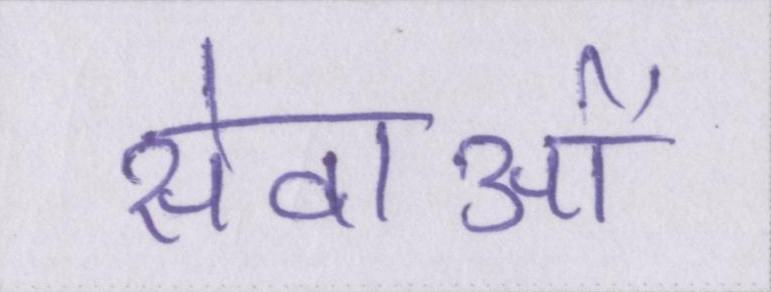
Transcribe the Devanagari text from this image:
सेवाओं